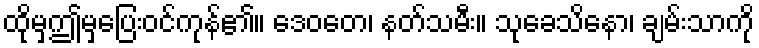
ထိုမှဤမှပြေးဝင်ကုန်၏။ ဒေဝတေ၊ နတ်သမီး။ သုခေသိနော၊ ချမ်းသာကို